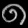
Digit: ၈